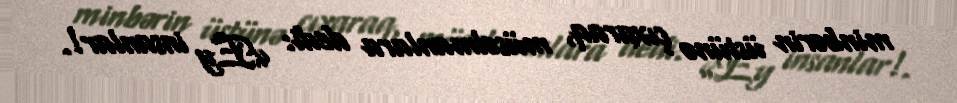
minbərin üstünə çıxaraq, müsəlmanlara dedi: «Ey insanlar!.